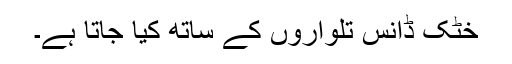
خٹک ڈانس تلواروں کے ساتھ کیا جاتا ہے۔